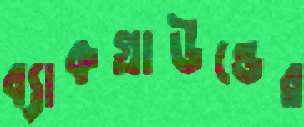
ব্যাকগ্রাউন্ডের